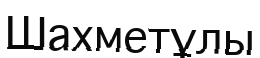
Шахметұлы